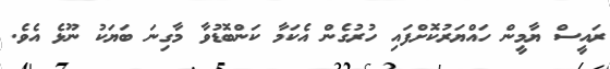
ރައީސް ޔާމީން ހައްޔަރުކޮށްފައި ހުރުގެން އެކަމާ ކަންބޮޑުވާ މާގިނަ ބަޔަކު ނޫޅެ އެވެ.